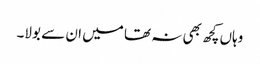
وہاں کچھ بھی نہ تھا میں ان سے بولا۔